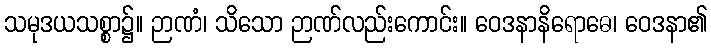
သမုဒယသစ္စာ၌။ ဉာဏံ၊ သိသော ဉာဏ်လည်းကောင်း။ ဝေဒနာနိရောဓေ၊ ဝေဒနာ၏